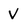
Character: v